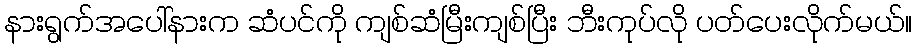
နားရွက်အပေါ်နားက ဆံပင်ကို ကျစ်ဆံမြီးကျစ်ပြီး ဘီးကုပ်လို ပတ်ပေးလိုက်မယ်။